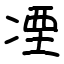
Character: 凐